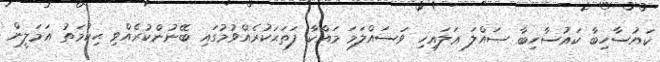
ކައުސާހިބާ ކައުސާހިބާ ޞައްލަ ޢަލައިހި ވަސައްލަމަ މައްކާ ފަތަޙަކުރެއްވުމުގައި ބޭނުންކުރެއްވި ޙިކުމަތު އަމަލީން